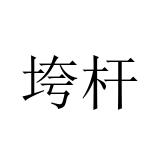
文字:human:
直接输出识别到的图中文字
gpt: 垮杆